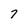
Character: 7